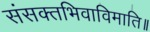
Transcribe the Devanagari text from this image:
संसक्तभिवाविमाति॥